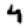
Digit: 4